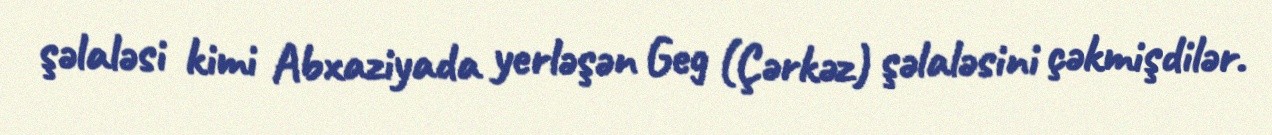
şəlaləsi kimi Abxaziyada yerləşən Geg (Çərkəz) şəlaləsini çəkmişdilər.